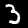
Label: 3